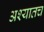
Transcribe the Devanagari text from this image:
अश्यातच